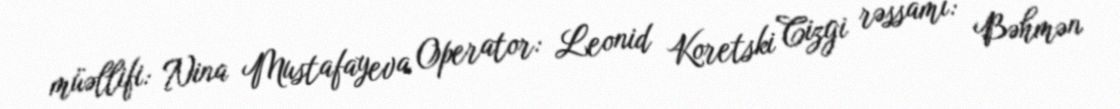
müəllifi: Nina Mustafayeva Operator: Leonid Koretski Cizgi rəssamı: Bəhmən